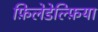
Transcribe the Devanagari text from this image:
फ़िलेडेल्फ़िया